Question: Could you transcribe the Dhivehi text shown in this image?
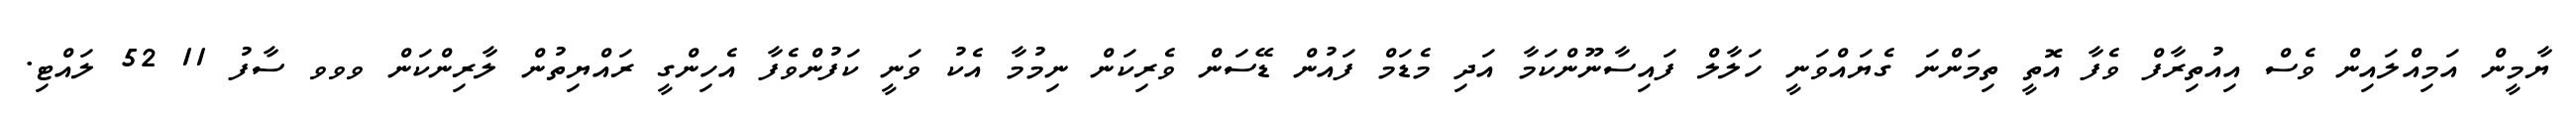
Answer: ޔާމީން އަމިއްލައިން ވެސް އިއުތިރާފް ވެފާ އޮތީ ތިމަންނަ ގެޔައްވަނީ ހަލާލް ފައިސާނޫންކަމާ އަދި މެޑަމް ފައުން ޑޭސަން ވެރިކަން ނިމުމާ އެކު ވަނީ ކަފުންވެފާ އެހިންގީ ރައްޔިތުން ލާރިންކަން ވވވ ސާފު 11 52 ލައްޓި.